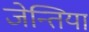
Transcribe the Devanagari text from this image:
जेन्तिया